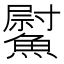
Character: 𩻍